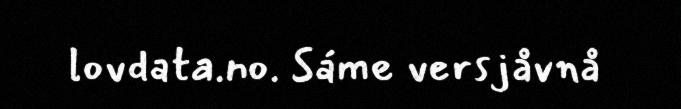
lovdata.no. Sáme versjåvnå